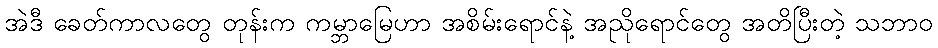
အဲဒီ ခေတ်ကာလတွေ တုန်းက ကမ္ဘာမြေဟာ အစိမ်းရောင်နဲ့ အညိုရောင်တွေ အတိပြီးတဲ့ သဘာဝ